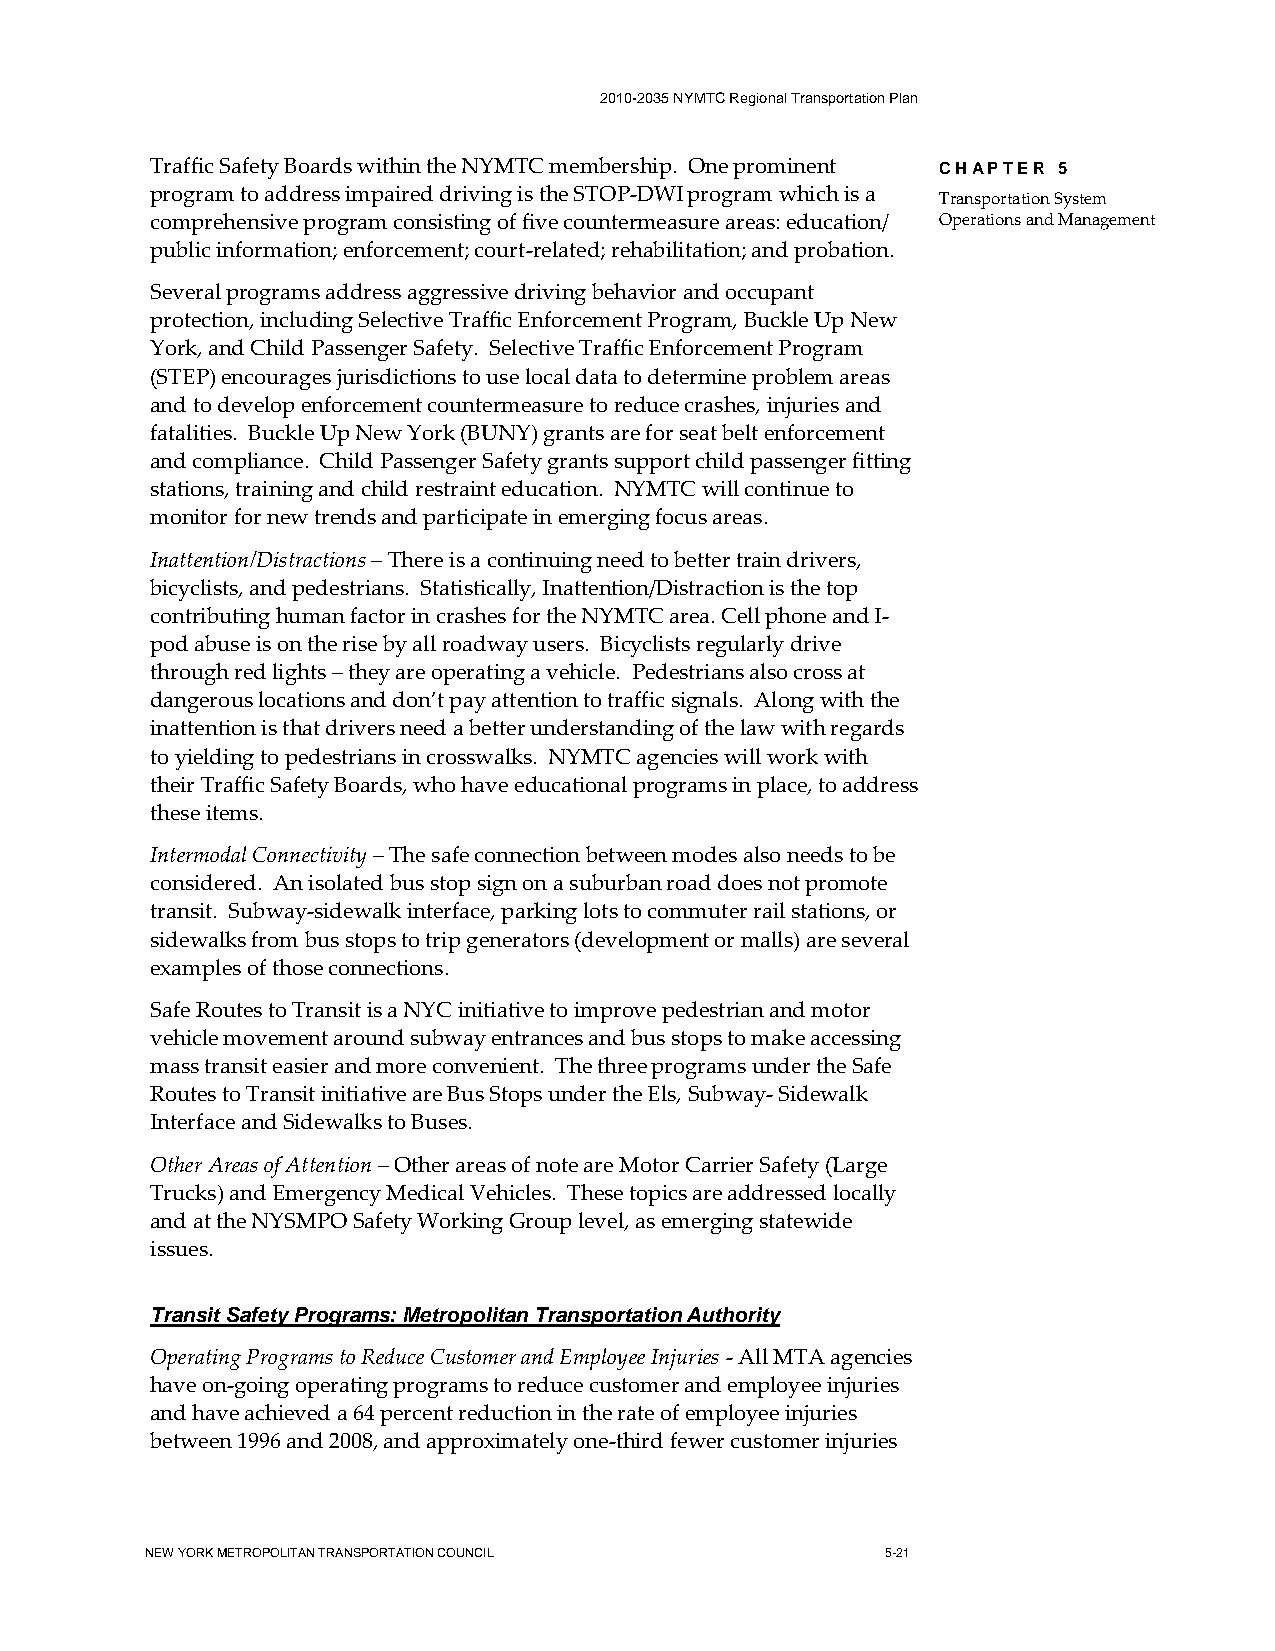
2010-2035 NYMTC Regional Transportation Plan
 Traffic Safety Boards within the NYMTC membership. One prominent CHAPTER 5
 program to address impaired driving is the STOP-DWI program which is a
 Transportation System
 comprehensive program consisting of five countermeasure areas: education/ Operations and Management
 public information; enforcement; court-related; rehabilitation; and probation.
 Several programs address aggressive driving behavior and occupant
 protection, including Selective Traffic Enforcement Program, Buckle Up New
 York, and Child Passenger Safety. Selective Traffic Enforcement Program
 (STEP) encourages jurisdictions to use local data to determine problem areas
 and to develop enforcement countermeasure to reduce crashes, injuries and
 fatalities. Buckle Up New York (BUNY) grants are for seat belt enforcement
 and compliance. Child Passenger Safety grants support child passenger fitting
 stations, training and child restraint education. NYMTC will continue to
 monitor for new trends and participate in emerging focus areas.
 Inattention/Distractions – There is a continuing need to better train drivers,
 bicyclists, and pedestrians. Statistically, Inattention/Distraction is the top
 contributing human factor in crashes for the NYMTC area. Cell phone and I-
 pod abuse is on the rise by all roadway users. Bicyclists regularly drive
 through red lights – they are operating a vehicle. Pedestrians also cross at
 dangerous locations and don’t pay attention to traffic signals. Along with the
 inattention is that drivers need a better understanding of the law with regards
 to yielding to pedestrians in crosswalks. NYMTC agencies will work with
 their Traffic Safety Boards, who have educational programs in place, to address
 these items.
 Intermodal Connectivity – The safe connection between modes also needs to be
 considered. An isolated bus stop sign on a suburban road does not promote
 transit. Subway-sidewalk interface, parking lots to commuter rail stations, or
 sidewalks from bus stops to trip generators (development or malls) are several
 examples of those connections.
 Safe Routes to Transit is a NYC initiative to improve pedestrian and motor
 vehicle movement around subway entrances and bus stops to make accessing
 mass transit easier and more convenient. The three programs under the Safe
 Routes to Transit initiative are Bus Stops under the Els, Subway- Sidewalk
 Interface and Sidewalks to Buses.
 Other Areas of Attention – Other areas of note are Motor Carrier Safety (Large
 Trucks) and Emergency Medical Vehicles. These topics are addressed locally
 and at the NYSMPO Safety Working Group level, as emerging statewide
 issues.
 Transit Safety Programs: Metropolitan Transportation Authority
 Operating Programs to Reduce Customer and Employee Injuries - All MTA agencies
 have on-going operating programs to reduce customer and employee injuries
 and have achieved a 64 percent reduction in the rate of employee injuries
 between 1996 and 2008, and approximately one-third fewer customer injuries
 NEW YORK METROPOLITAN TRANSPORTATION COUNCIL     5-21